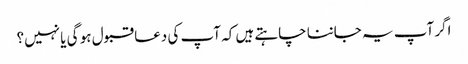
اگر آپ یہ جاننا چاہتے ہیں کہ آپ کی دعا قبول ہو گی یا نہیں؟